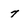
Character: 7